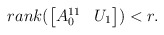
\begin{align*} rank(\begin{bmatrix} A_0^{11} & U_1 \end{bmatrix}) < r . \end{align*}